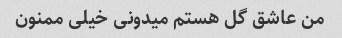
من عاشق گل هستم میدونی خیلی ممنون